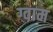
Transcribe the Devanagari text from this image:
ग्वाम